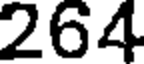
264